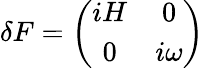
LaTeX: \delta F=\left(\begin{array}{cc}{{iH}}&{{0}}\\ {{0}}&{{i\omega}}\end{array}\right)